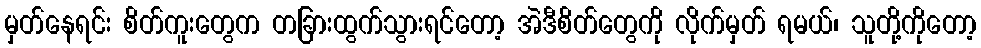
မှတ်နေရင်း စိတ်ကူးတွေက တခြားထွက်သွားရင်တော့ အဲဒီစိတ်တွေကို လိုက်မှတ် ရမယ်၊ သူတို့ကိုတော့